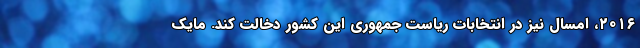
۲۰۱۶، امسال نیز در انتخابات ریاست جمهوری این کشور دخالت کند. مایک